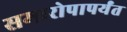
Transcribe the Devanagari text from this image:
समारोपापर्यंत